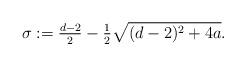
LaTeX: \begin{align*}\sigma:=\tfrac{d-2}2- \tfrac12\sqrt{(d-2)^2+4a} .\end{align*}